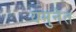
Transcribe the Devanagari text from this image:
यमुनेंत